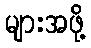
များအဖို့